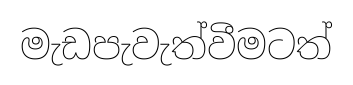
මැඩපැවැත්වීමටත්